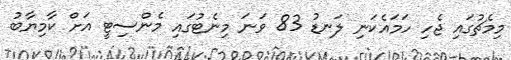
މިމެޗުގައި ޖެހި ހަމައެކަނި ލަނޑު 83 ވަނަ މިނެޓުގައި މެންސިޓީ އަށް ކާމިޔާބު